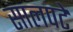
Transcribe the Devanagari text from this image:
सालपटे